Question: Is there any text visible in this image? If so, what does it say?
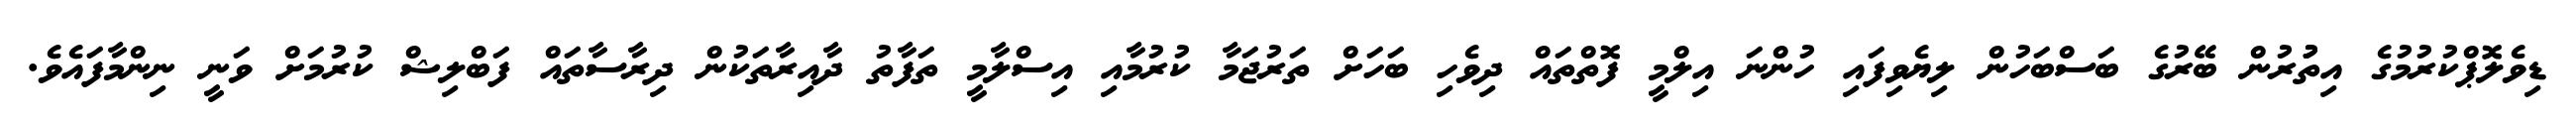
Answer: ޑިވެލޮޕްކުރުމުގެ އިތުުރުން ބޭރުގެ ބަސްބަހުން ލިޔެވިފައި ހުންނަ އިލްމީ ފޮތްތައް ދިވެހި ބަހަށް ތަރުޖަމާ ކުރުމާއި އިސްލާމީ ތަފާތު ދާއިރާތަކުން ދިރާސާތައް ފަބްލިޝް ކުރުމަށް ވަނީ ނިންމާފައެވެ.